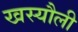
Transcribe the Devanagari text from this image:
खस्यौली